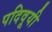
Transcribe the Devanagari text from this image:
पदिवूयी